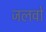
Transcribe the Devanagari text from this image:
जलवो